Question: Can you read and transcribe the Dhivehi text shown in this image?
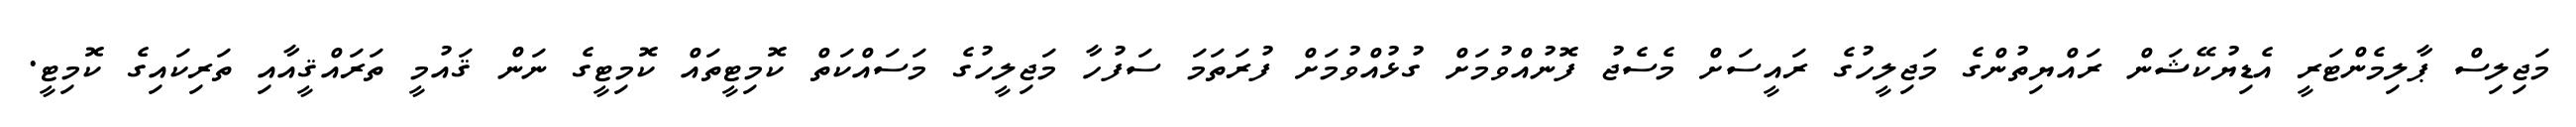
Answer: މަޖިލިސް ޕާލިމެންޓަރީ އެޑިޔުކޭޝަން ރައްޔިތުންގެ މަޖިލީހުގެ ރައީސަށް މެސެޖު ފޮނުއްވުމަށް ގުޅުއްވުމަށް ފުރަތަމަ ސަފުހާ މަޖިލީހުގެ މަސައްކަތް ކޮމިޓީތައް ކޮމިޓީގެ ނަން ޤައުމީ ތަރައްޤީއާއި ތަރިކައިގެ ކޮމިޓީ.